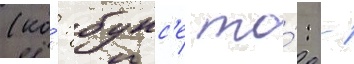
(ко́: бунс'е то́: -